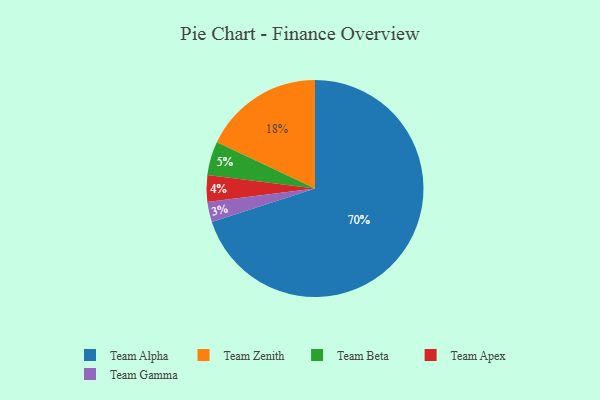
{"axis": {"x": "Category", "y": "Percentage"}, "legend": ["Team Alpha", "Team Apex", "Team Beta", "Team Gamma", "Team Zenith"], "data": [{"x": "Team Gamma", "y": 3, "type": "Team Gamma"}, {"x": "Team Alpha", "y": 70, "type": "Team Alpha"}, {"x": "Team Zenith", "y": 18, "type": "Team Zenith"}, {"x": "Team Apex", "y": 4, "type": "Team Apex"}, {"x": "Team Beta", "y": 5, "type": "Team Beta"}]}